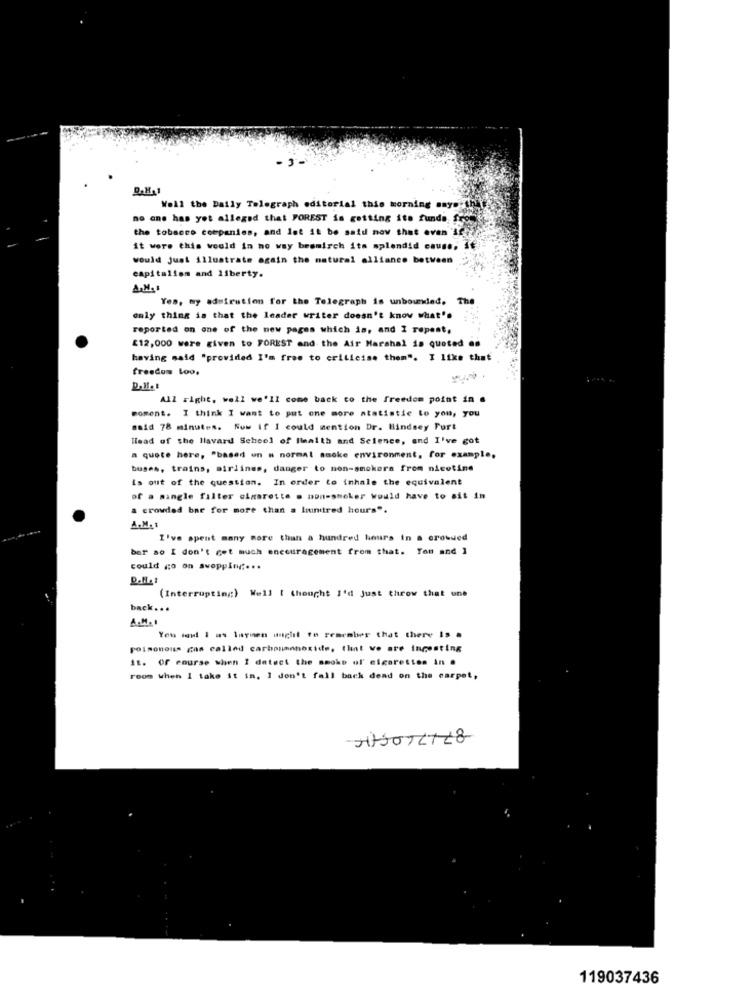
Woll the Daily Telegraph editorial this morning anyerth!
no one has yet alleged that FOREST is getting ite funda fre
the tobacco companies, and let it be said now that even If
it were this would in no way beomisch its splendid cause, if
would just illustrate again the natural alliance between
capitalism and liberty.
Yes, my admiration for the Telegraph is unbounded.
The
only thing is that the leader writer doesn't know what's
reported on one of the new pages which is, and I repeat,
£12,000 were given to FOREST and the Air Marshal is quoted es
having said "provided I'm free to criticise them". I like that
freedom Loo,
All right, well we'll come back to the freedom point in .
moment. I think I want to put one more statistic Lo you, you
said 78 minutes. Now If I could mention Dr. lindsey Furt
Head of the Hlavard School of Health and Science, and I've got
a quote here, "based on a normal smoke environment, for example,
buses, trains, airlines, danger to non-smokers from nicotine
is out of the question. In order to inhale the equivalent
of a mangle filter olmarette . non-smeker would have to sit in
a crowded bar for more than a hundred hours".
A.M.
I've spent many more than a hundred hours in a crowded
bar so I don't get much encouragement from that. Ton and ]
could go on svoppin ...
(Interrupting) Well I thought I'd Just throw that one
back ...
You said I as laymen unglit to rearmber that there Is a
poisonous cas called carbonmonoxide, that ve are ingesting
it. Of course when I detect the smoke of cigarettes in .
room when I take it in. I don't fall back dend on the carpet,
119037436